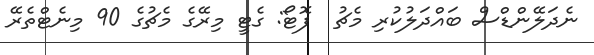
ނެދަލޭންޑްސް ބައްދަލުކުރި މެޗު  ފޮޓޯ: ގެޓީ މިރޭގެ މެޗުގެ 90 މިނެޓްތެރޭ